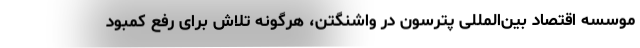
موسسه اقتصاد بین‌المللی پترسون در واشنگتن، هرگونه تلاش برای رفع کمبود